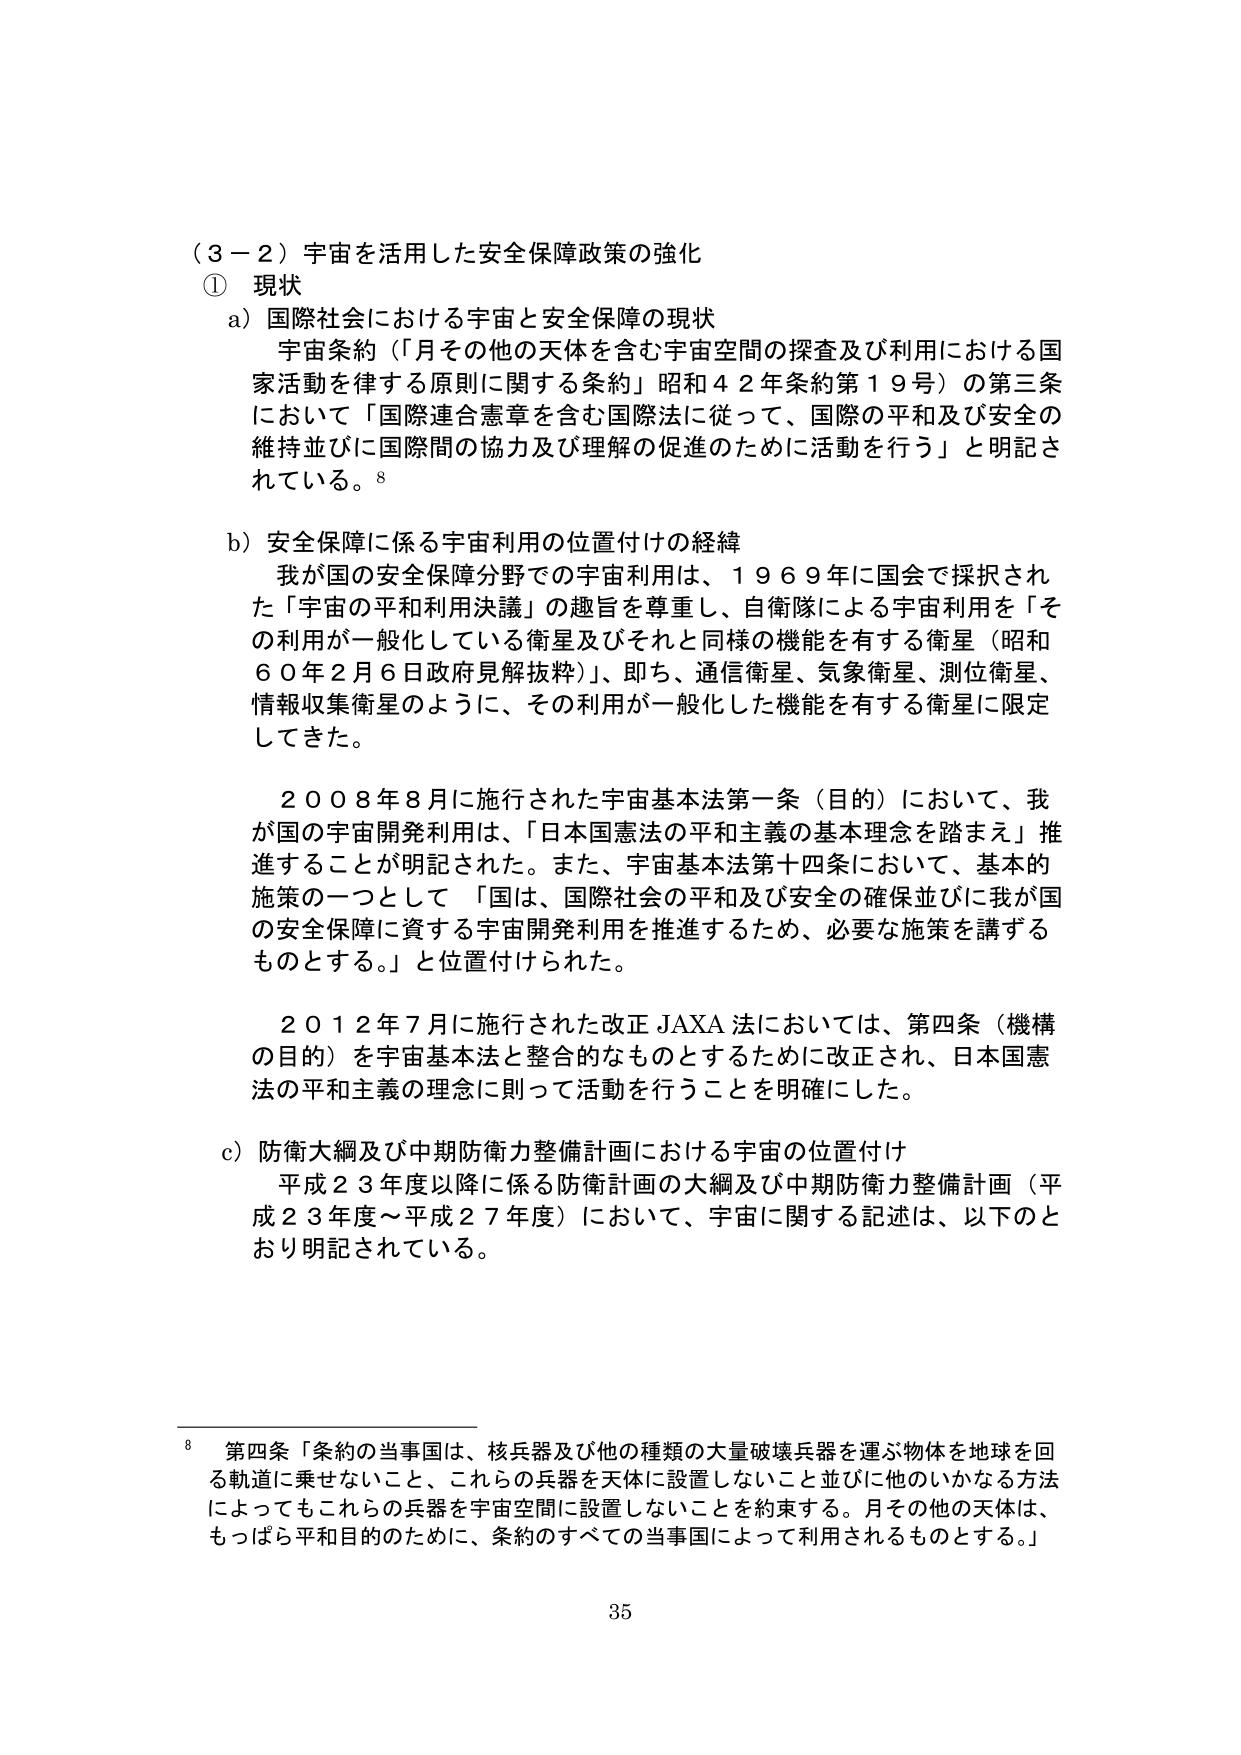
（３－２）宇宙を活用した安全保障政策の強化
① 現状
a）国際社会における宇宙と安全保障の現状
　宇宙条約（「月その他の天体を含む宇宙空間の探査及び利用における国家活動を律する原則に関する条約」昭和４２年条約第１９号）の第三条において「国際連合憲章を含む国際法に従って、国際の平和及び安全の維持並びに国際間の協力及び理解の促進のために活動を行う」と明記されている。⁸

b）安全保障に係る宇宙利用の位置付けの経緯
　我が国の安全保障分野での宇宙利用は、１９６９年に国会で採択された「宇宙の平和利用決議」の趣旨を尊重し、自衛隊による宇宙利用を「その利用が一般化している衛星及びそれと同様の機能を有する衛星（昭和６０年２月６日政府見解抜粋）」、即ち、通信衛星、気象衛星、測位衛星、情報収集衛星のように、その利用が一般化した機能を有する衛星に限定してきた。

　２００８年８月に施行された宇宙基本法第一条（目的）において、我が国の宇宙開発利用は、「日本国憲法の平和主義の基本理念を踏まえ」推進することが明記された。また、宇宙基本法第十四条において、基本的施策の一つとして「国は、国際社会の平和及び安全の確保並びに我が国の安全保障に資する宇宙開発利用を推進するため、必要な施策を講ずるものとする。」と位置付けられた。

　２０１２年７月に施行された改正JAXA法においては、第四条（機構の目的）を宇宙基本法と整合的なものとするために改正され、日本国憲法の平和主義の理念に則って活動を行うことを明確にした。

c）防衛大綱及び中期防衛力整備計画における宇宙の位置付け
　平成２３年度以降に係る防衛計画の大綱及び中期防衛力整備計画（平成２３年度～平成２７年度）において、宇宙に関する記述は、以下のとおり明記されている。

⁸ 第四条「条約の当事国は、核兵器及び他の種類の大量破壊兵器を運ぶ物体を地球を回る軌道に乗せないこと、これらの兵器を天体に設置しないこと並びに他のいかなる方法によってもこれらの兵器を宇宙空間に設置しないことを約束する。月その他の天体は、もっぱら平和目的のために、条約のすべての当事国によって利用されるものとする。」

35